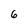
Character: 6